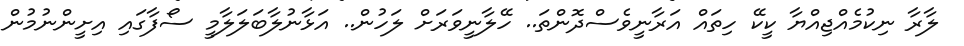
ލާރާ ނިކުމެއްޖިއްޔާ ކީކޭ ހިތައް އަރާނީވެސްދޮންތަ.. ހޭލާނީވަރަށް ލަހުން.. އަޅާނުލާބަލަލާމީ ސޯފާގައި އިށީންނުމުން